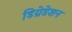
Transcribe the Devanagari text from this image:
डिग्रेडेशन